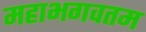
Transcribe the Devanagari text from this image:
महाभगवतम